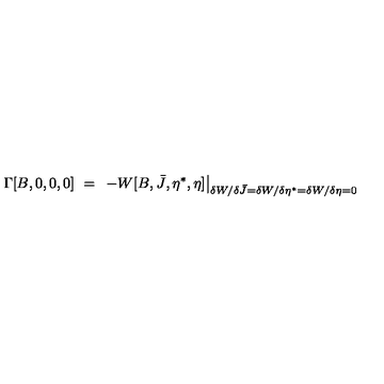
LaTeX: \Gamma [ B , 0 , 0 , 0 ] \ = \ \left. - W [ B , \bar { J } , \eta ^ { \ast } , \eta ] \right| _ { \delta W / \delta \bar { J } = \delta W / \delta \eta ^ { \ast } = \delta W / \delta \eta = 0 }